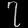
Digit: ၇